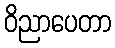
ဝိညာပေတာ